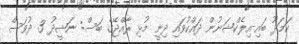
ކަމަދޫ ބައި-އިލެކްޝަނުން ދައްކުވައި ދިނީ މުޅި ރާއްޖޭގެ ބަސް: ނަޝީދު 3 ދުވަސް